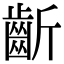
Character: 齗